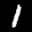
Label: 1